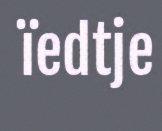
ïedtje